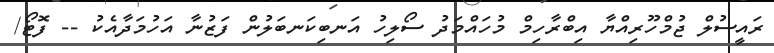
ރައީސުލް ޖުމްހޫރިއްޔާ އިބްރާހިމް މުހައްމަދު ސޯލިހު އަނބިކަނބަލުން ފަޒުނާ އަހުމަދާއެކު -- ފޮޓޯ/